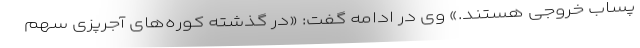
پساب خروجی هستند.» وی در ادامه گفت: «در گذشته کوره‌های آجرپزی سهم